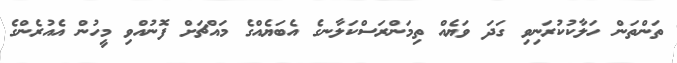
ތަންތަން ހަލާކުކުރަނިވި ގަދަ ވަޔެއް ތިމަންރަސްކަލާނގެ އެބަޔެއްގެ މައްޗަށް ފޮނުއްވި މީހުން އެއުރެންގެ